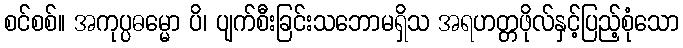
စင်စစ်။ အကုပ္ပဓမ္မော ပိ၊ ပျက်စီးခြင်းသဘောမရှိသ အရဟတ္တဖိုလ်နှင့်ပြည့်စုံသော